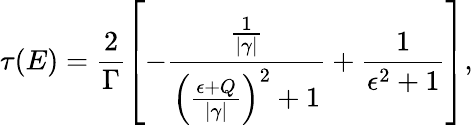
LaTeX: \tau(E)=\frac{2}{\Gamma}\left[-\frac{\frac{1}{|\gamma|}}{{\left(\frac{\epsilon+Q}{|\gamma|}\right)}^{2}+1}+\frac{1}{\epsilon^{2}+1}\right],